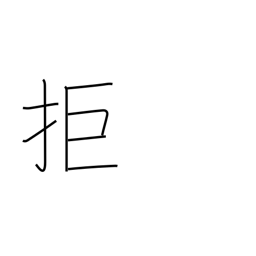
Meaning: reject